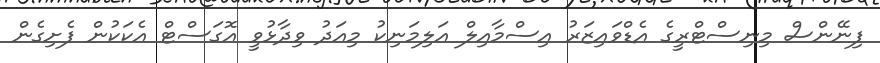
ފިނޭންސް މިނިސްޓްރީގެ އެޑްވައިޒަރު އިސްމާއިލް އަލިމަނިކު މިއަދު ވިދާޅުވީ އޮގަސްޓް އެކަކުން ފެށިގެން